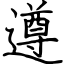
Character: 遵